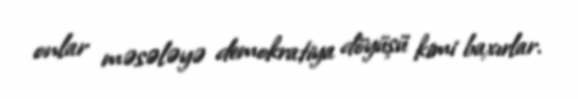
onlar məsələyə demokratiya döyüşü kimi baxırlar.